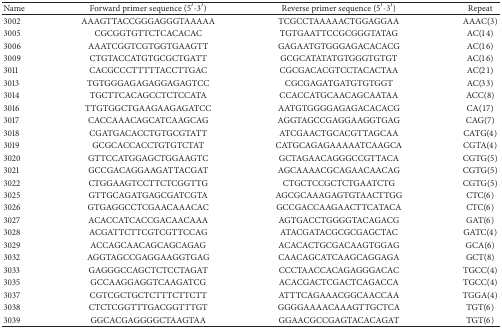
<table><thead><tr><td><b>Name</b></td><td><b>Forward primer sequence (5′-3′)</b></td><td><b>Reverse primer sequence (5′-3′)</b></td><td><b>Repeat</b></td></tr></thead><tbody><tr><td>3002</td><td>AAAGTTACCGGGAGGGTAAAAA</td><td>TCGCCTAAAAACTGGAGGAA</td><td>AAAC(3)</td></tr><tr><td>3005</td><td>CGCGGTGTTCTCACACAC</td><td>TGTGAATTCCGCGGGTATAG</td><td>AC(14)</td></tr><tr><td>3006</td><td>AAATCGGTCGTGGTGAAGTT</td><td>GAGAATGTGGGAGACACACG</td><td>AC(16)</td></tr><tr><td>3009</td><td>CTGTACCATGTGCGCTGATT</td><td>GCGCATATATGTGGGTGTGT</td><td>AC(16)</td></tr><tr><td>3011</td><td>CACGCCCTTTTTACCTTGAC</td><td>CGCGACACGTCCTACACTAA</td><td>AC(21)</td></tr><tr><td>3013</td><td>TGTGGGAGAGAGGAGAGTCC</td><td>CGCGAGATGATGTGTGGT</td><td>AC(33)</td></tr><tr><td>3014</td><td>TGCTTCACAGCCTCTCCATA</td><td>CCACCATGCAACAGCAATAA</td><td>ACC(8)</td></tr><tr><td>3016</td><td>TTGTGGCTGAAGAAGAGATCC</td><td>AATGTGGGGAGAGACACACG</td><td>CA(17)</td></tr><tr><td>3017</td><td>CACCAAACAGCATCAAGCAG</td><td>AGGTAGCCGAGGAAGGTGAG</td><td>CAG(7)</td></tr><tr><td>3018</td><td>CGATGACACCTGTGCGTATT</td><td>ATCGAACTGCACGTTAGCAA</td><td>CATG(4)</td></tr><tr><td>3019</td><td>GCGCACCACCTGTGTCTAT</td><td>CATGCAGAGAAAAATCAAGCA</td><td>CGTA(4)</td></tr><tr><td>3020</td><td>GTTCCATGGAGCTGGAAGTC</td><td>GCTAGAACAGGGCCGTTACA</td><td>CGTG(5)</td></tr><tr><td>3021</td><td>GCCGACAGGAAGATTACGAT</td><td>AGCAAAACGCAGAACAACAG</td><td>CGTG(5)</td></tr><tr><td>3022</td><td>CTGGAAGTCCTTCTCGGTTG</td><td>CTGCTCCGCTCTGAATCTG</td><td>CGTG(5)</td></tr><tr><td>3025</td><td>GTTGCAGATGAGCGATCGTA</td><td>AGCGCAAAGAGTGTAACTTGG</td><td>CTC(6)</td></tr><tr><td>3026</td><td>GTGAGGCCTCGAACAAACAC</td><td>GCCGACCAAGAACTTCATACA</td><td>CTC(6)</td></tr><tr><td>3027</td><td>ACACCATCACCGACAACAAA</td><td>AGTGACCTGGGGTACAGACG</td><td>GAT(6)</td></tr><tr><td>3028</td><td>ACGATTCTTCGTCGTTCCAG</td><td>ATACGATACGCGCGAGCTAC</td><td>GATC(4)</td></tr><tr><td>3029</td><td>ACCAGCAACAGCAGCAGAG</td><td>ACACACTGCGACAAGTGGAG</td><td>GCA(6)</td></tr><tr><td>3032</td><td>AGGTAGCCGAGGAAGGTGAG</td><td>CAACAGCATCAAGCAGGAGA</td><td>GCT(8)</td></tr><tr><td>3033</td><td>GAGGGCCAGCTCTCCTAGAT</td><td>CCCTAACCACAGAGGGACAC</td><td>TGCC(4)</td></tr><tr><td>3035</td><td>GCCAAGGAGGTCAAGATCG</td><td>ACACGACTCGACTCAGACCA</td><td>TGCC(4)</td></tr><tr><td>3037</td><td>CGTCGCTGCTCTTTCTTCTT</td><td>ATTTCAGAAACGGCAACCAA</td><td>TGGA(4)</td></tr><tr><td>3038</td><td>CTCTCGGTTTGACGGTTTGT</td><td>GGGGAAAACAAAGTTGCTCA</td><td>TGT(6)</td></tr><tr><td>3039</td><td>GGCACGAGGGGCTAAGTAA</td><td>GGAACGCCGAGTACACAGAT</td><td>TGT(6)</td></tr></tbody></table>